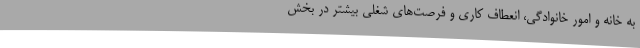
به خانه و امور خانوادگی، انعطاف کاری و فرصت‌های شغلی بیشتر در بخش